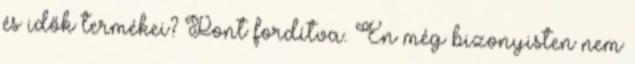
és idők termékei? Pont fordítva. Én még bizonyisten nem